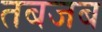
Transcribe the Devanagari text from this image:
तबजब